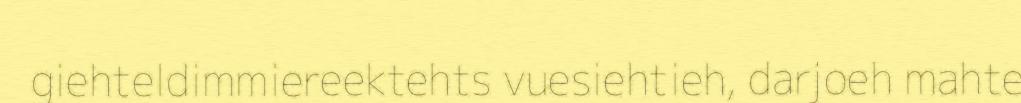
giehteldimmiereektehts vuesiehtieh, darjoeh mahte